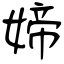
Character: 媂